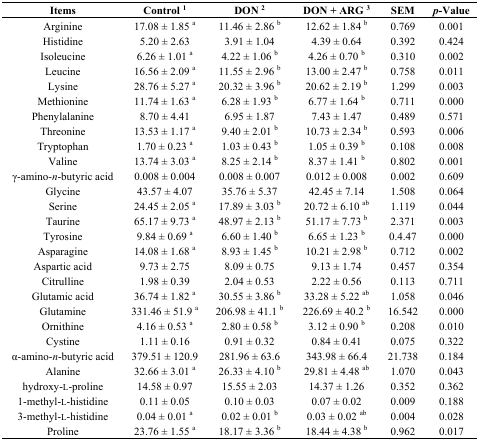
<table><thead><tr><td><b>Items</b></td><td><b>Control <sup>1</sup></b></td><td><b>DON <sup>2</sup></b></td><td><b>DON + ARG <sup>3</sup></b></td><td><b>SEM</b></td><td><b><i>p</i>-Value</b></td></tr></thead><tbody><tr><td>Arginine</td><td>17.08 ± 1.85 <sup>a</sup></td><td>11.46 ± 2.86 <sup>b</sup></td><td>12.62 ± 1.84 <sup>b</sup></td><td>0.769</td><td>0.001</td></tr><tr><td>Histidine</td><td>5.20 ± 2.63</td><td>3.91 ± 1.04</td><td>4.39 ± 0.64</td><td>0.392</td><td>0.424</td></tr><tr><td>Isoleucine</td><td>6.26 ± 1.01 <sup>a</sup></td><td>4.22 ± 1.06 <sup>b</sup></td><td>4.26 ± 0.70 <sup>b</sup></td><td>0.310</td><td>0.002</td></tr><tr><td>Leucine</td><td>16.56 ± 2.09 <sup>a</sup></td><td>11.55 ± 2.96 <sup>b</sup></td><td>13.00 ± 2.47 <sup>b</sup></td><td>0.758</td><td>0.011</td></tr><tr><td>Lysine</td><td>28.76 ± 5.27 <sup>a</sup></td><td>20.32 ± 3.96 <sup>b</sup></td><td>20.62 ± 2.19 <sup>b</sup></td><td>1.299</td><td>0.003</td></tr><tr><td>Methionine</td><td>11.74 ± 1.63 <sup>a</sup></td><td>6.28 ± 1.93 <sup>b</sup></td><td>6.77 ± 1.64 <sup>b</sup></td><td>0.711</td><td>0.000</td></tr><tr><td>Phenylalanine</td><td>8.70 ± 4.41</td><td>6.95 ± 1.87</td><td>7.43 ± 1.47</td><td>0.489</td><td>0.571</td></tr><tr><td>Threonine</td><td>13.53 ± 1.17 <sup>a</sup></td><td>9.40 ± 2.01 <sup>b</sup></td><td>10.73 ± 2.34 <sup>b</sup></td><td>0.593</td><td>0.006</td></tr><tr><td>Tryptophan</td><td>1.70 ± 0.23 <sup>a</sup></td><td>1.03 ± 0.43 <sup>b</sup></td><td>1.05 ± 0.39 <sup>b</sup></td><td>0.108</td><td>0.008</td></tr><tr><td>Valine</td><td>13.74 ± 3.03 <sup>a</sup></td><td>8.25 ± 2.14 <sup>b</sup></td><td>8.37 ± 1.41 <sup>b</sup></td><td>0.802</td><td>0.001</td></tr><tr><td>γ-amino-<i>n</i>-butyric acid</td><td>0.008 ± 0.004</td><td>0.008 ± 0.007</td><td>0.012 ± 0.008</td><td>0.002</td><td>0.609</td></tr><tr><td>Glycine</td><td>43.57 ± 4.07</td><td>35.76 ± 5.37</td><td>42.45 ± 7.14</td><td>1.508</td><td>0.064</td></tr><tr><td>Serine</td><td>24.45 ± 2.05 <sup>a</sup></td><td>17.89 ± 3.03 <sup>b</sup></td><td>20.72 ± 6.10 <sup>ab</sup></td><td>1.119</td><td>0.044</td></tr><tr><td>Taurine</td><td>65.17 ± 9.73 <sup>a</sup></td><td>48.97 ± 2.13 <sup>b</sup></td><td>51.17 ± 7.73 <sup>b</sup></td><td>2.371</td><td>0.003</td></tr><tr><td>Tyrosine</td><td>9.84 ± 0.69 <sup>a</sup></td><td>6.60 ± 1.40 <sup>b</sup></td><td>6.65 ± 1.23 <sup>b</sup></td><td>0.4.47</td><td>0.000</td></tr><tr><td>Asparagine</td><td>14.08 ± 1.68 <sup>a</sup></td><td>8.93 ± 1.45 <sup>b</sup></td><td>10.21 ± 2.98 <sup>b</sup></td><td>0.712</td><td>0.002</td></tr><tr><td>Aspartic acid</td><td>9.73 ± 2.75</td><td>8.09 ± 0.75</td><td>9.13 ± 1.74</td><td>0.457</td><td>0.354</td></tr><tr><td>Citrulline</td><td>1.98 ± 0.39</td><td>2.04 ± 0.53</td><td>2.22 ± 0.56</td><td>0.113</td><td>0.711</td></tr><tr><td>Glutamic acid</td><td>36.74 ± 1.82 <sup>a</sup></td><td>30.55 ± 3.86 <sup>b</sup></td><td>33.28 ± 5.22 <sup>ab</sup></td><td>1.058</td><td>0.046</td></tr><tr><td>Glutamine</td><td>331.46 ± 51.9 <sup>a</sup></td><td>206.98 ± 41.1 <sup>b</sup></td><td>226.69 ± 40.2 <sup>b</sup></td><td>16.542</td><td>0.000</td></tr><tr><td>Ornithine</td><td>4.16 ± 0.53 <sup>a</sup></td><td>2.80 ± 0.58 <sup>b</sup></td><td>3.12 ± 0.90 <sup>b</sup></td><td>0.208</td><td>0.010</td></tr><tr><td>Cystine</td><td>1.11 ± 0.16</td><td>0.91 ± 0.32</td><td>0.84 ± 0.41</td><td>0.075</td><td>0.322</td></tr><tr><td>α-amino-<i>n</i>-butyric acid</td><td>379.51 ± 120.9</td><td>281.96 ± 63.6</td><td>343.98 ± 66.4</td><td>21.738</td><td>0.184</td></tr><tr><td>Alanine</td><td>32.66 ± 3.01 <sup>a</sup></td><td>26.33 ± 4.10 <sup>b</sup></td><td>29.81 ± 4.48 <sup>ab</sup></td><td>1.070</td><td>0.043</td></tr><tr><td>hydroxy-l-proline</td><td>14.58 ± 0.97</td><td>15.55 ± 2.03</td><td>14.37 ± 1.26</td><td>0.352</td><td>0.362</td></tr><tr><td>1-methyl-l-histidine</td><td>0.11 ± 0.05</td><td>0.10 ± 0.03</td><td>0.07 ± 0.02</td><td>0.009</td><td>0.188</td></tr><tr><td>3-methyl-l-histidine</td><td>0.04 ± 0.01 <sup>a</sup></td><td>0.02 ± 0.01 <sup>b</sup></td><td>0.03 ± 0.02 <sup>ab</sup></td><td>0.004</td><td>0.028</td></tr><tr><td>Proline</td><td>23.76 ± 1.55 <sup>a</sup></td><td>18.17 ± 3.36 <sup>b</sup></td><td>18.44 ± 4.38 <sup>b</sup></td><td>0.962</td><td>0.017</td></tr></tbody></table>